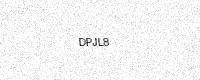
Text: DPJL8